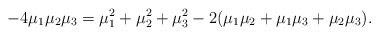
\begin{align*}-4 \mu_1 \mu_2 \mu_3 = \mu_1^2 + \mu_2^2 + \mu_3^2 - 2(\mu_1 \mu_2 + \mu_1 \mu_3 + \mu_2 \mu_3). \end{align*}